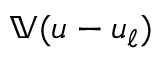
\mathbb { V } ( u - u _ { \ell } )